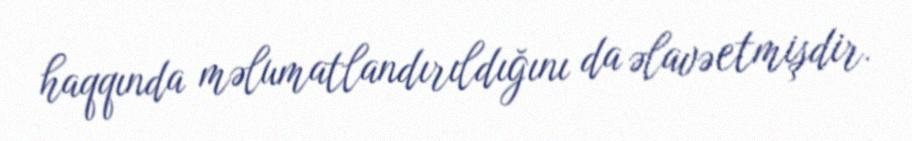
haqqında məlumatlandırıldığını da əlavə etmişdir.